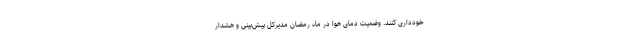
خودداری کنند. وضعیت دمای هوا در ماه رمضان مدیرکل پیش‌بینی و هشدار